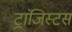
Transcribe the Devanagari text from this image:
ट्रांजिस्टर्स